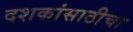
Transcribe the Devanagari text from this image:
दशकांसाठीचा